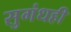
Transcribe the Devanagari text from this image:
सुगंधही